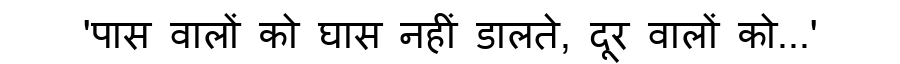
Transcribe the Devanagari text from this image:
'पास वालों को घास नहीं डालते, दूर वालों को...'